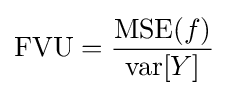
{\text{FVU}}={\frac {\operatorname {MSE} (f)}{\operatorname {var} [Y]}}